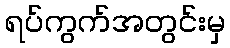
ရပ်ကွက်အတွင်းမှ